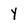
Character: y